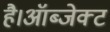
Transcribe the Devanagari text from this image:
है।ऑब्जेक्ट